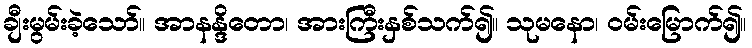
ချီးမွမ်းခဲ့သော်။ အာနန္ဒိတော၊ အားကြီးနှစ်သက်၍။ သုမနော၊ ဝမ်းမြောက်၍။